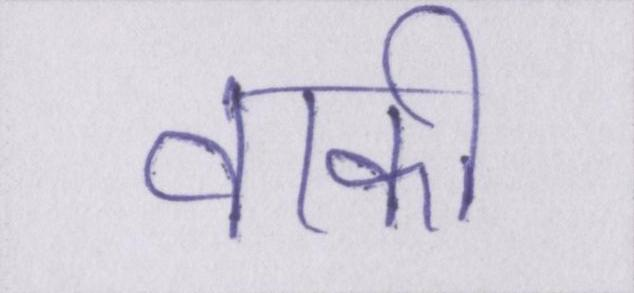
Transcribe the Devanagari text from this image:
वाकी